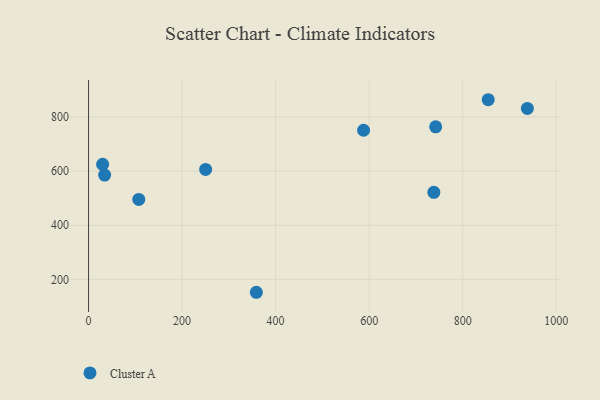
{"axis": {"x": "Distance", "y": "Yield"}, "legend": ["Cluster A"], "data": [{"x": "250.4", "y": 606.4, "type": "Cluster A"}, {"x": "742.3", "y": 763.5, "type": "Cluster A"}, {"x": "358.8", "y": 152.5, "type": "Cluster A"}, {"x": "107.4", "y": 495.6, "type": "Cluster A"}, {"x": "738.4", "y": 521.8, "type": "Cluster A"}, {"x": "588.1", "y": 751.0, "type": "Cluster A"}, {"x": "34.4", "y": 585.4, "type": "Cluster A"}, {"x": "854.7", "y": 863.7, "type": "Cluster A"}, {"x": "938.4", "y": 831.7, "type": "Cluster A"}, {"x": "30.1", "y": 625.1, "type": "Cluster A"}]}